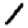
Digit: 1